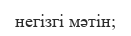
негізгі мәтін;